Document type: Sale
Year: 1326
Scribe: Bartomeu Marc
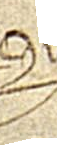
Sig